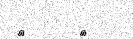
٢     ٣